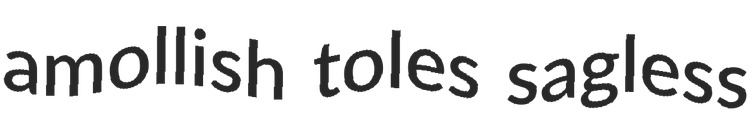
amollish toles sagless